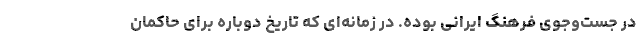
در جست‌وجوی فرهنگ ایرانی بوده. در زمانه‌ای که تاریخ دوباره برای حاکمان